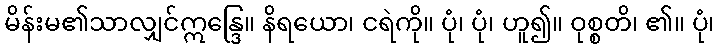
မိန်းမ၏သာလျှင်ဣန္ဒြေ။ နိရယော၊ ငရဲကို။ ပုံ၊ ပုံ၊ ဟူ၍။ ဝုစ္စတိ၊ ၏။ ပုံ၊